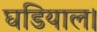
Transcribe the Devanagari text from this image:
घडियाल।